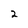
Character: 2